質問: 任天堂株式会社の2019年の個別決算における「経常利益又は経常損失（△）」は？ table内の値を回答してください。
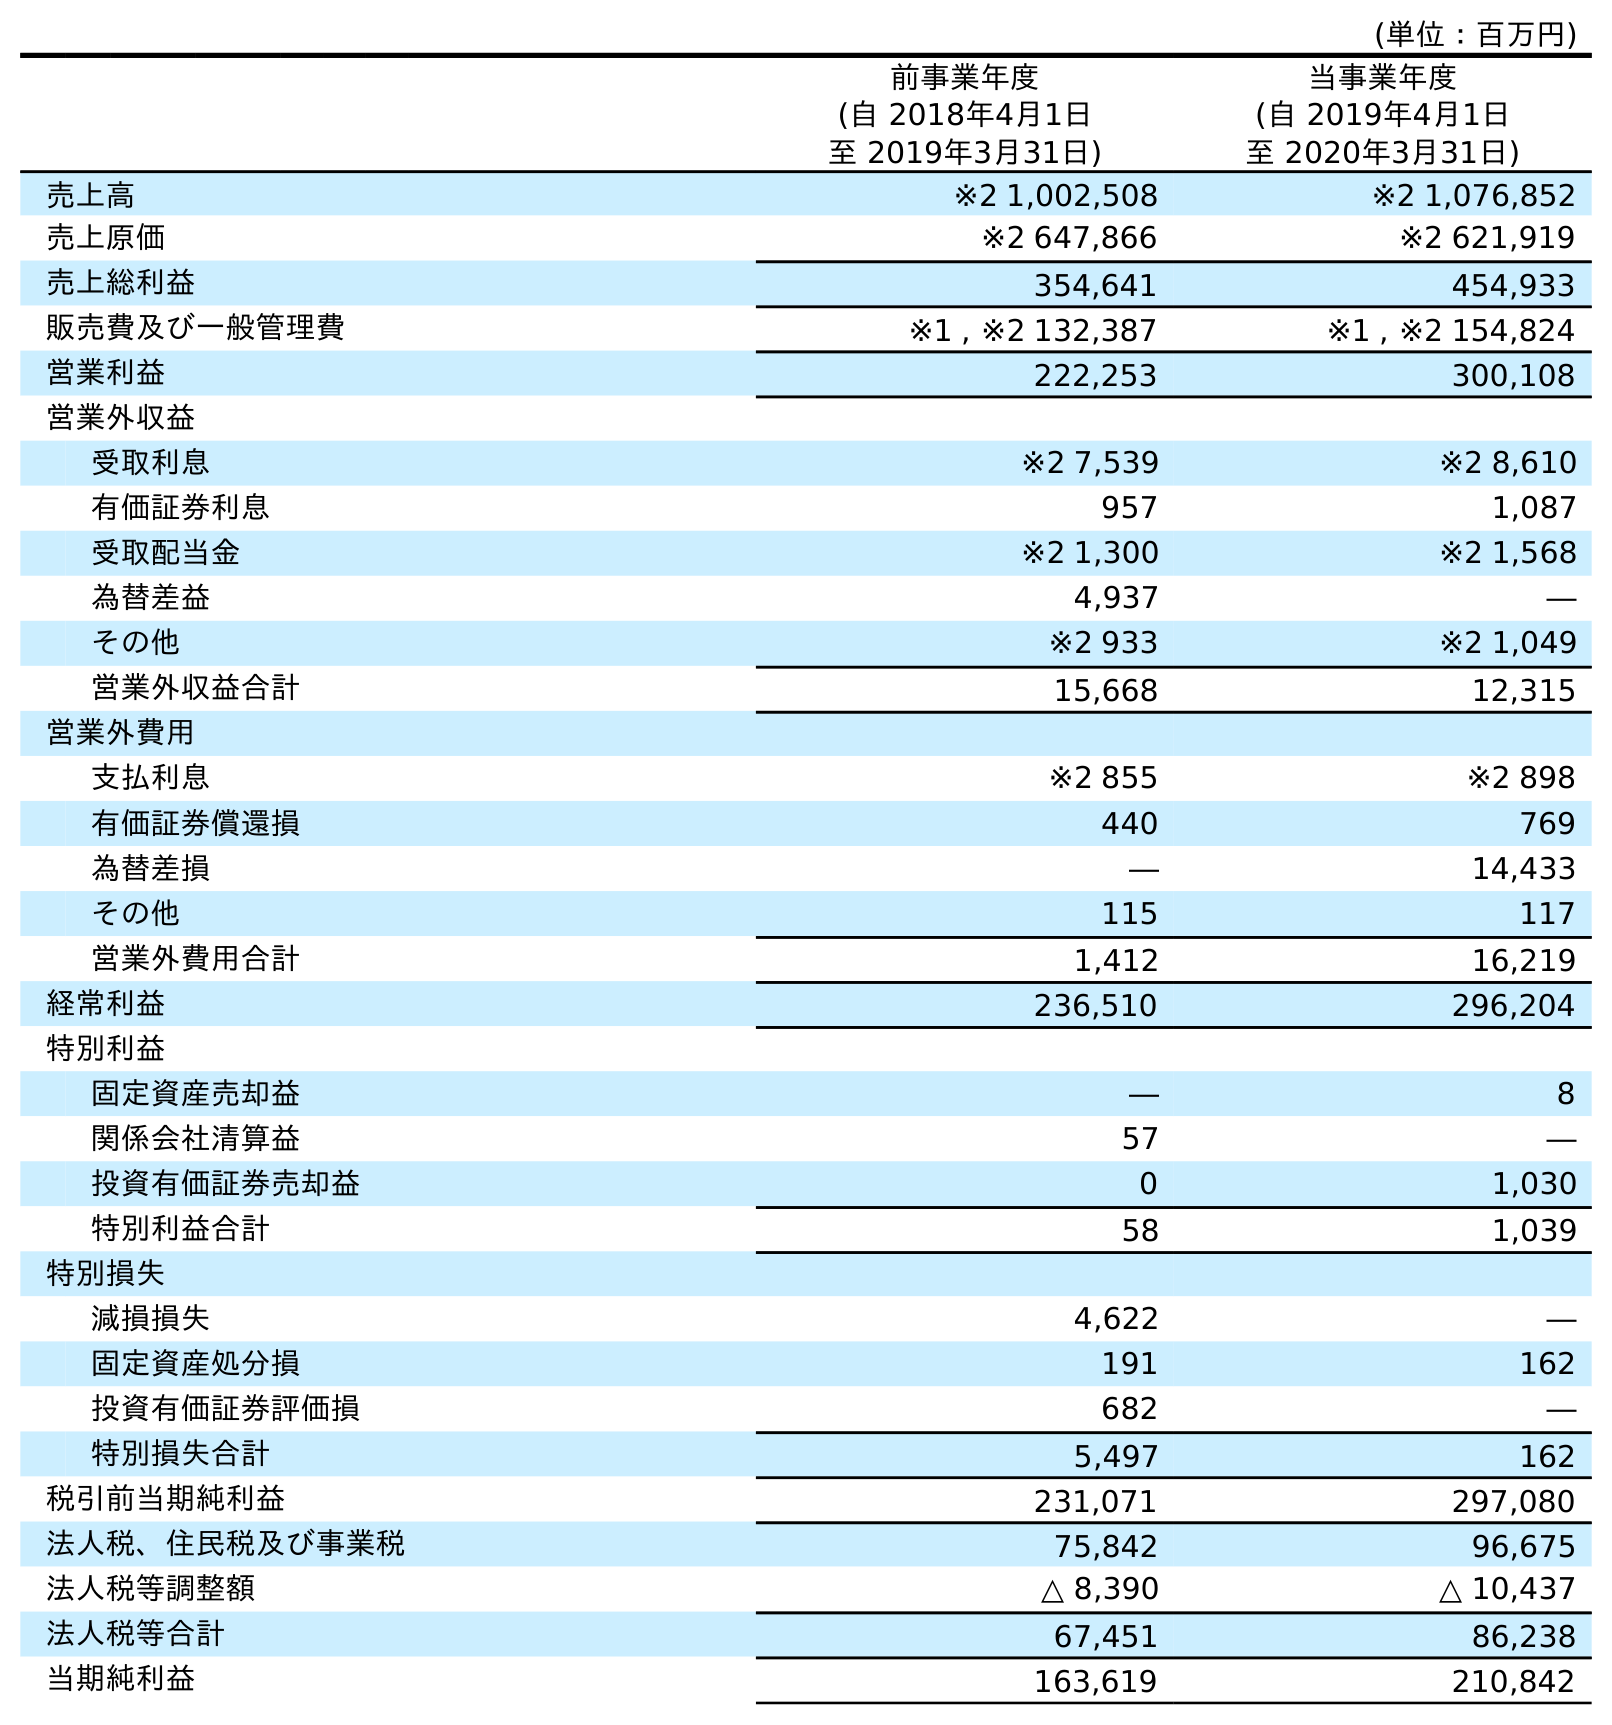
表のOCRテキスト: (単位：百万円) 前事業年度 (自 2018年4月1日 至 2019年3月31日) 当事業年度 (自 2019年4月1日 至 2020年3月31日) 売上高 ※2 1,002,508 ※2 1,076,852 売上原価 ※2 647,866 ※2 621,919 売上総利益 354,641 454,933 販売費及び一般管理費 ※1 , ※2 132,387 ※1 , ※2 154,824 営業利益 222,253 300,108 営業外収益 受取利息 ※2 7,539 ※2 8,610 有価証券利息 957 1,087 受取配当金 ※2 1,300 ※2 1,568 為替差益 4,937 ― その他 ※2 933 ※2 1,049 営業外収益合計 15,668 12,315 営業外費用 支払利息 ※2 855 ※2 898 有価証券償還損 440 769 為替差損 ― 14,433 その他 115 117 営業外費用合計 1,412 16,219 経常利益 236,510 296,204 特別利益 固定資産売却益 ― 8 関係会社清算益 57 ― 投資有価証券売却益 0 1,030 特別利益合計 58 1,039 特別損失 減損損失 4,622 ― 固定資産処分損 191 162 投資有価証券評価損 682 ― 特別損失合計 5,497 162 税引前当期純利益 231,071 297,080 法人税、住民税及び事業税 75,842 96,675 法人税等調整額 △ 8,390 △ 10,437 法人税等合計 67,451 86,238 当期純利益 163,619 210,842
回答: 236,510